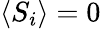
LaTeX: \langle S_{i}\rangle=0